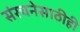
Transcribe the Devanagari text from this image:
संरचनेसाठीही